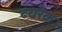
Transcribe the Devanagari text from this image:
ब्यरेक